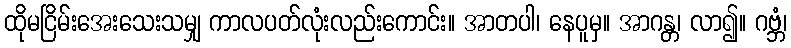
ထိုမငြိမ်းအေးသေးသမျှ ကာလပတ်လုံးလည်းကောင်း။ အာတပါ၊ နေပူမှ။ အာဂန္တ၊ လာ၍။ ဂဗ္ဘံ၊